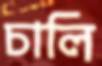
চালি